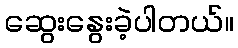
ဆွေးနွေးခဲ့ပါတယ်။